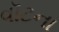
વૉટના